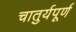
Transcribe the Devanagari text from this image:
चातुर्यपूर्ण